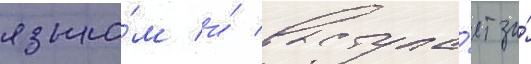
языко́м и́ выступа́ет за́